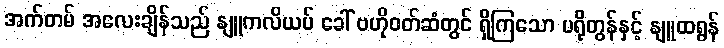
အက်တမ် အလေးချိန်သည် နျူကလိယပ် ခေါ် ဗဟိုဝတ်ဆံတွင် ရှိကြသော ပရိုတွန်နှင့် နျူထရွန်